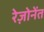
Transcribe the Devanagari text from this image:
रेज़ोनेंत